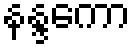
နန္ဒကော